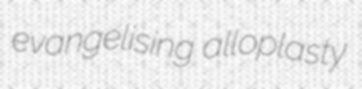
evangelising alloplasty